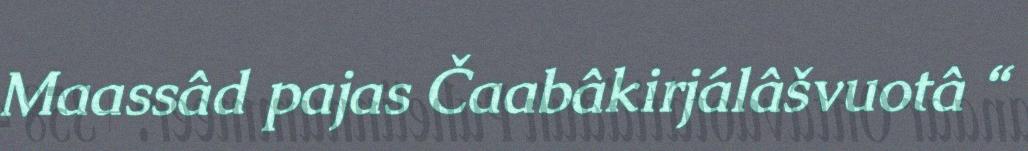
Maassâd pajas Čaabâkirjálâšvuotâ “